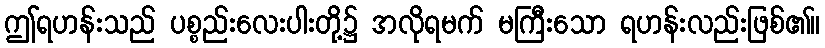
ဤရဟန်းသည် ပစ္စည်းလေးပါးတို့၌ အလိုရမက် မကြီးသော ရဟန်းလည်းဖြစ်၏။